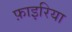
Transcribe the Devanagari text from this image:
फ़ाइरिया